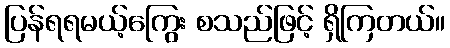
ပြန်ရရမယ့်ကြွေး စသည်ဖြင့် ရှိကြတယ်။